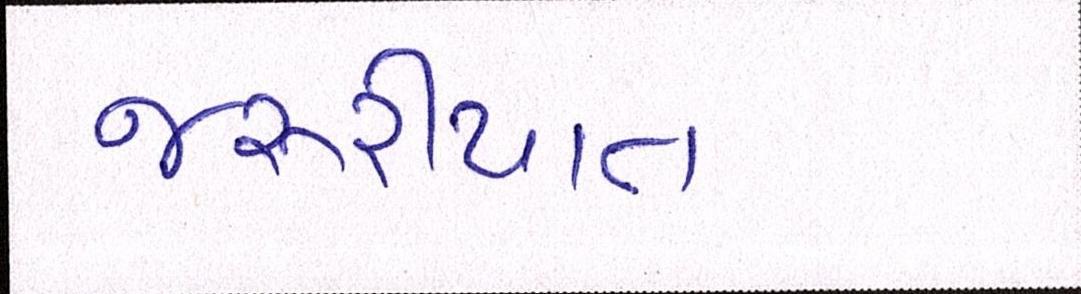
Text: જરૂરીયાત